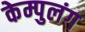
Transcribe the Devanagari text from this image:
केम्पुलंग